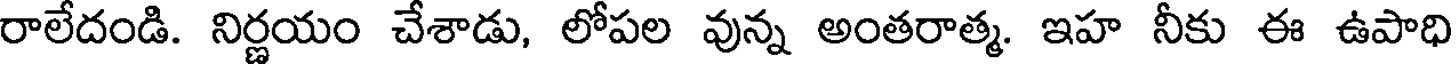
రాలేదండి. నిర్ణయం చేశాడు, లోపల వున్న అంతరాత్మ. ఇహ నీకు ఈ ఉపాధి